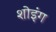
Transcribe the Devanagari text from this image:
शोइंग